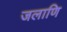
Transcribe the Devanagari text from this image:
जलाणि